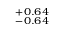
^ { + 0 . 6 4 } _ { - 0 . 6 4 }